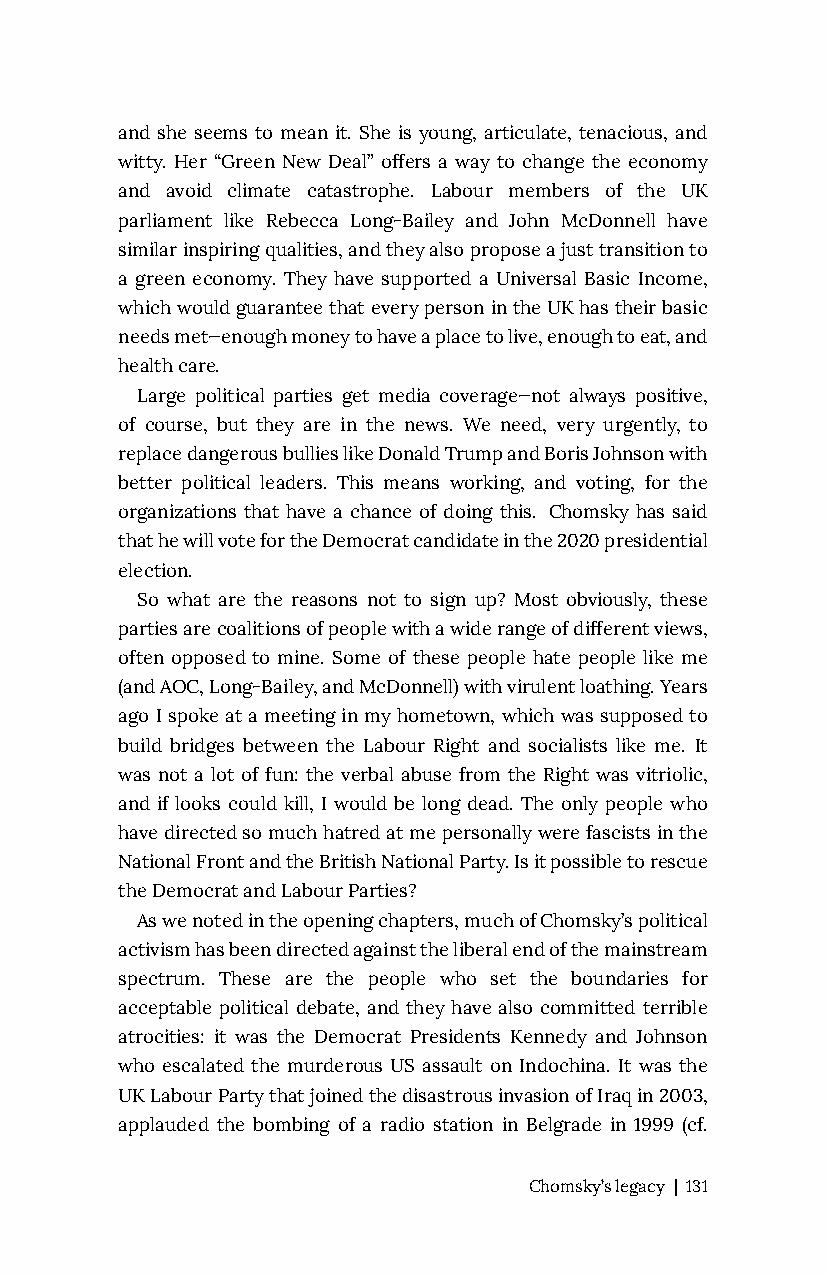
and she seems to mean it. She is young, articulate, tenacious, and
 witty. Her “Green New Deal” offers a way to change the economy
 and avoid climate catastrophe. Labour members of the UK
 parliament like Rebecca Long-Bailey and John McDonnell have
 similar inspiring qualities, and they also propose a just transition to
 a green economy. They have supported a Universal Basic Income,
 which would guarantee that every person in the UK has their basic
 needs met—enough money to have a place to live, enough to eat, and
 health care.
 Large political parties get media coverage—not always positive,
 of course, but they are in the news. We need, very urgently, to
 replace dangerous bullies like Donald Trump and Boris Johnson with
 better political leaders. This means working, and voting, for the
 organizations that have a chance of doing this. Chomsky has said
 that he will vote for the Democrat candidate in the 2020 presidential
 election.
 So what are the reasons not to sign up? Most obviously, these
 parties are coalitions of people with a wide range of different views,
 often opposed to mine. Some of these people hate people like me
 (and AOC, Long-Bailey, and McDonnell) with virulent loathing. Years
 ago I spoke at a meeting in my hometown, which was supposed to
 build bridges between the Labour Right and socialists like me. It
 was not a lot of fun: the verbal abuse from the Right was vitriolic,
 and if looks could kill, I would be long dead. The only people who
 have directed so much hatred at me personally were fascists in the
 National Front and the British National Party. Is it possible to rescue
 the Democrat and Labour Parties?
 As we noted in the opening chapters, much of Chomsky’s political
 activism has been directed against the liberal end of the mainstream
 spectrum. These are the people who set the boundaries for
 acceptable political debate, and they have also committed terrible
 atrocities: it was the Democrat Presidents Kennedy and Johnson
 who escalated the murderous US assault on Indochina. It was the
 UK Labour Party that joined the disastrous invasion of Iraq in 2003,
 applauded the bombing of a radio station in Belgrade in 1999 (cf.
 Chomsky’s legacy | 131